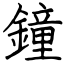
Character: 鐘